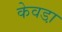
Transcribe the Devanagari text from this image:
केवडा़